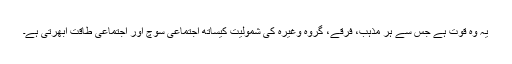
یہ وہ قوت ہے جس سے ہر مذہب، فرقے، گروہ وغیرہ کی شمولیت کیساتھ اجتماعی سوچ اور اجتماعی طاقت ابھرتی ہے۔